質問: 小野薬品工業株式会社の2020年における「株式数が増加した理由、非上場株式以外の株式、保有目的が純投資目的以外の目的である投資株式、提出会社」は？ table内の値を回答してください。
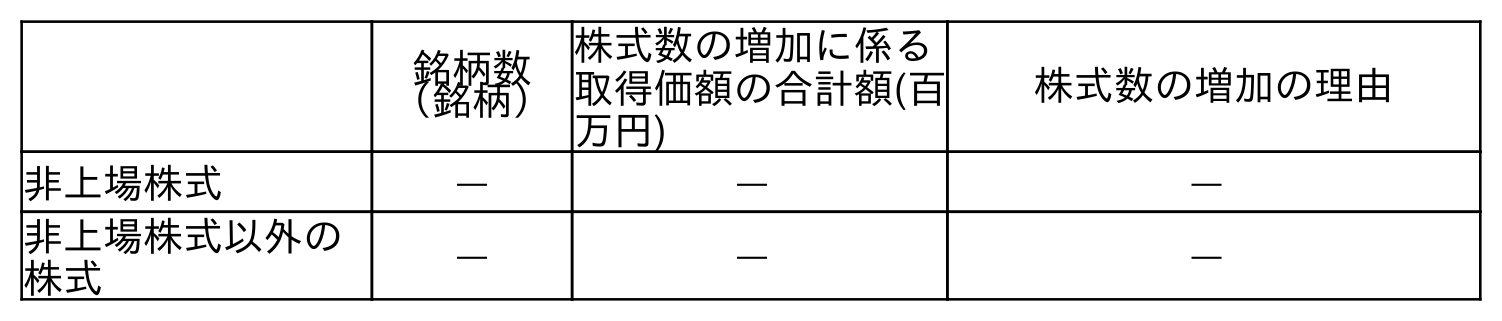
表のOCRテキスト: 銘柄数 （銘柄） 株式数の増加に係る 取得価額の合計額(百 万円) 株式数の増加の理由 非上場株式 ― ― ― 非上場株式以外の 株式 ― ― ―
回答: ―